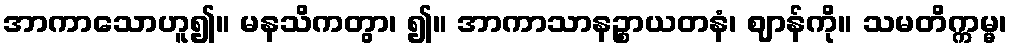
အာကာသောဟူ၍။ မနသိကတွာ၊ ၍။ အာကာသာနဉ္စာယတနံ၊ ဈာန်ကို။ သမတိက္ကမ္မ၊